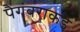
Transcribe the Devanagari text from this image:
पैगंबराकडे